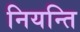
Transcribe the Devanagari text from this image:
नियन्ति